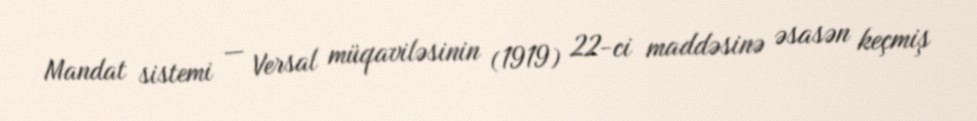
Mandat sistemi — Versal müqaviləsinin (1919) 22-ci maddəsinə əsasən keçmiş